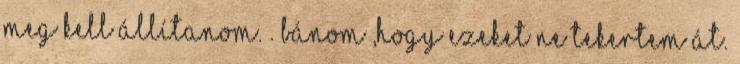
MEG KELL ÁLLÍTANOM.”. Bánom ,hogy ezeket ne tekertem át.